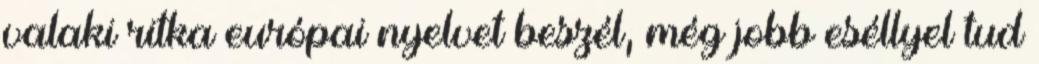
valaki ritka európai nyelvet beszél, még jobb eséllyel tud